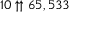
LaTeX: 1 0 \uparrow \uparrow 6 5 , 5 3 3